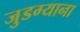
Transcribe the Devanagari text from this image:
जुडग्याना